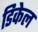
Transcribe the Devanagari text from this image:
डिकेल